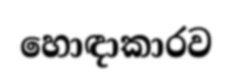
හොඳාකාරව